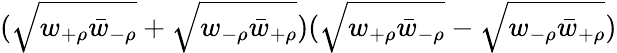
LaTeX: (\sqrt{w_{+\rho}\bar{w}_{-\rho}}+\sqrt{w_{-\rho}\bar{w}_{+\rho}})(\sqrt{w_{+\rho}\bar{w}_{-\rho}}-\sqrt{w_{-\rho}\bar{w}_{+\rho}})